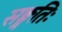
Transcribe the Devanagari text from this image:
सङ्गतिः